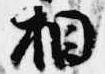
相